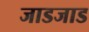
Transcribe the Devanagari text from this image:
जाडजाड